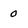
Character: 0